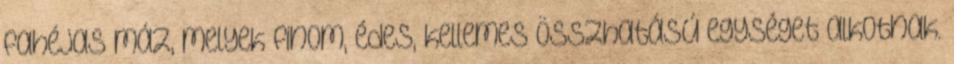
fahéjas máz, melyek finom, édes, kellemes összhatású egységet alkotnak.